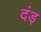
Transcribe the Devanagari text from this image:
दंड़